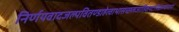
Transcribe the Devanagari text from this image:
निर्णयवादजल्पवितण्डाहेत्वाभासच्छलजातिकपटनिग्रहस्थानानां